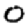
Digit: 0